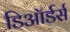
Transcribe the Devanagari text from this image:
डिऑर्डर्स